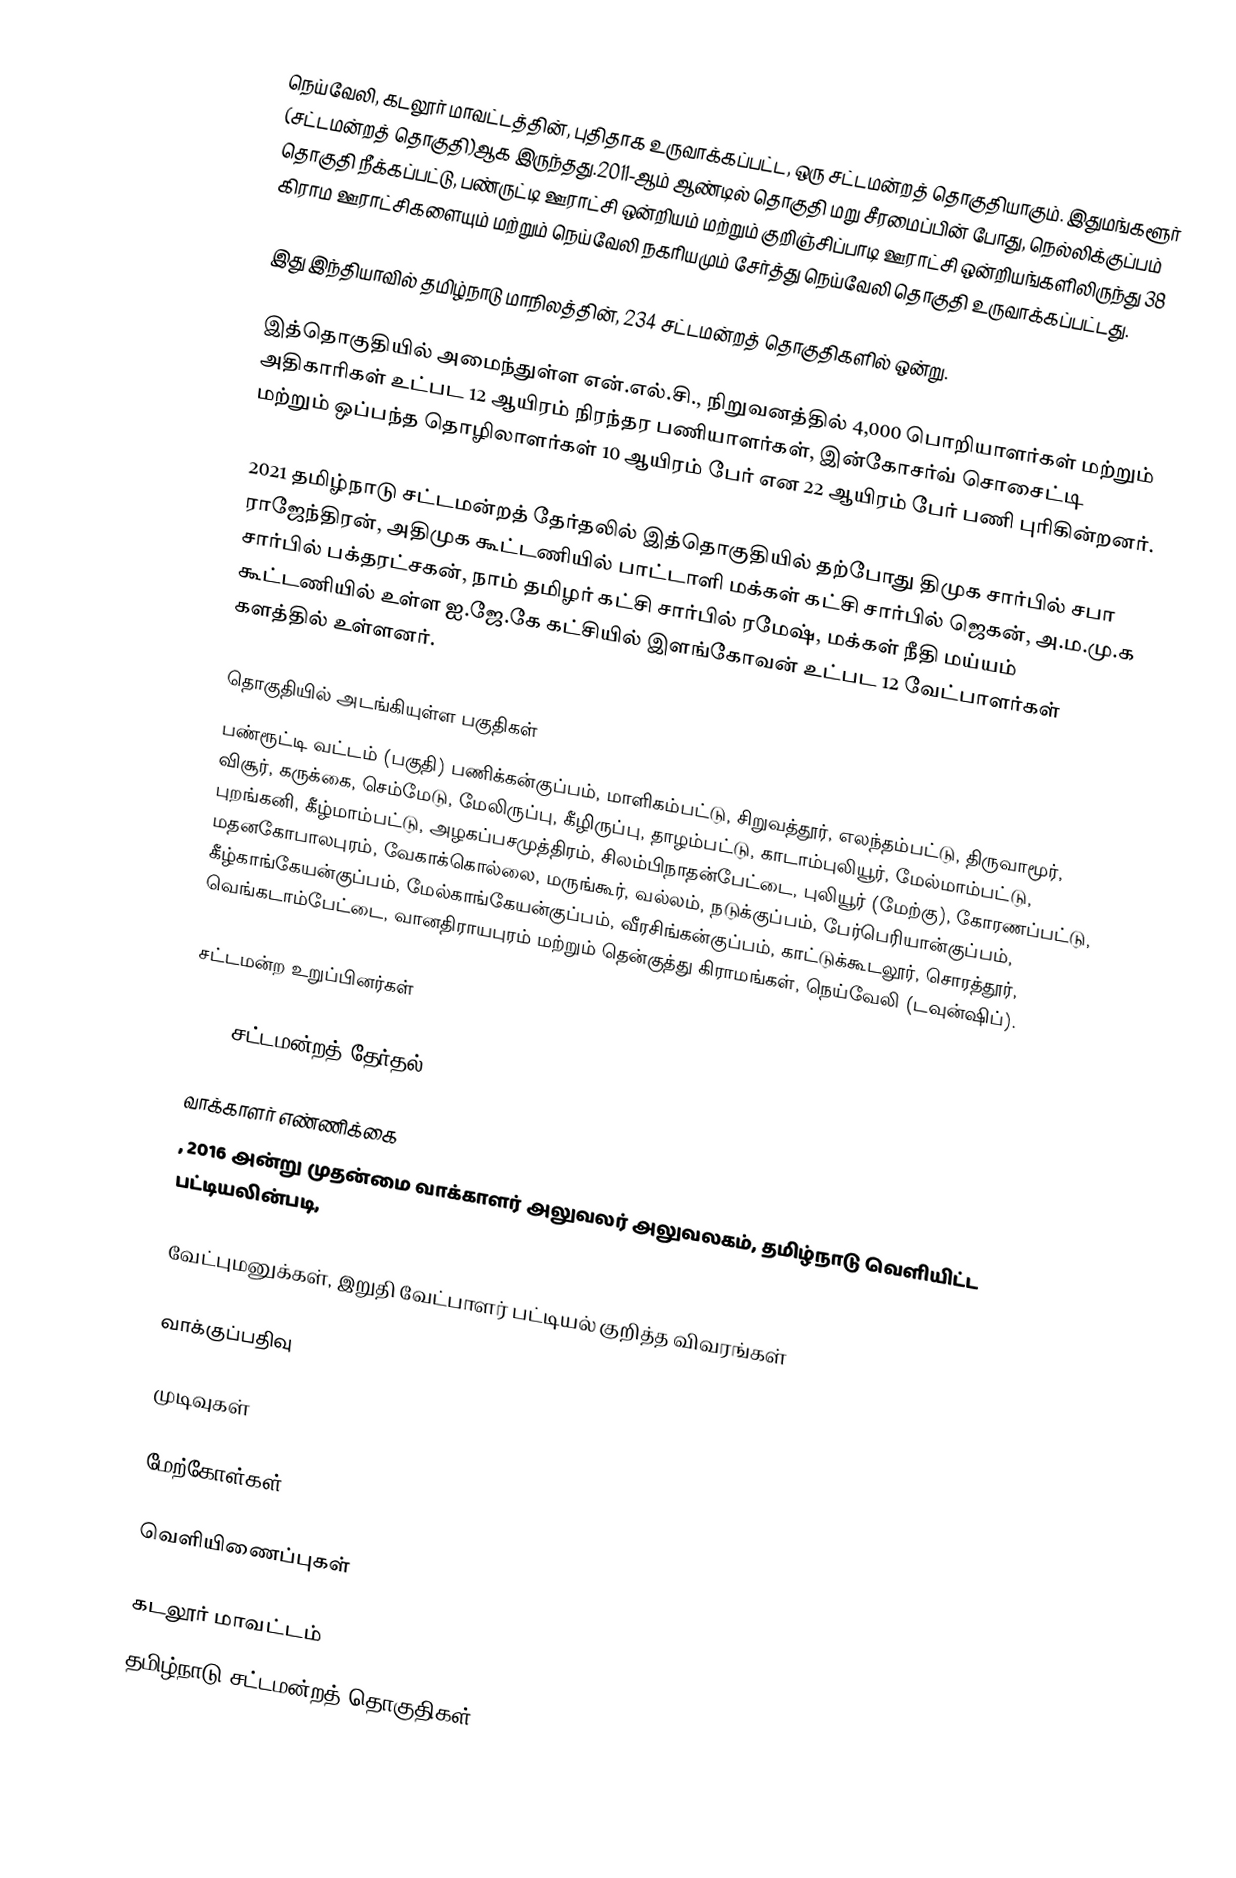
நெய்வேலி, கடலூர் மாவட்டத்தின், புதிதாக உருவாக்கப்பட்ட, ஒரு சட்டமன்றத் தொகுதியாகும். இதுமங்களூர் (சட்டமன்றத் தொகுதி)ஆக இருந்தது.2011-ஆம் ஆண்டில் தொகுதி மறு சீரமைப்பின் போது, நெல்லிக்குப்பம் தொகுதி நீக்கப்பட்டு, பண்ருட்டி ஊராட்சி ஒன்றியம் மற்றும் குறிஞ்சிப்பாடி ஊராட்சி ஒன்றியங்களிலிருந்து 38 கிராம ஊராட்சிகளையும் மற்றும் நெய்வேலி நகரியமும் சேர்த்து நெய்வேலி தொகுதி உருவாக்கப்பட்டது.

இது இந்தியாவில் தமிழ்நாடு மாநிலத்தின், 234 சட்டமன்றத் தொகுதிகளில் ஒன்று.

இத்தொகுதியில் அமைந்துள்ள என்.எல்.சி., நிறுவனத்தில் 4,000 பொறியாளர்கள் மற்றும் அதிகாரிகள் உட்பட 12 ஆயிரம் நிரந்தர பணியாளர்கள், இன்கோசர்வ் சொசைட்டி மற்றும் ஒப்பந்த தொழிலாளர்கள் 10 ஆயிரம் பேர் என 22 ஆயிரம் பேர் பணி புரிகின்றனர்.

2021 தமிழ்நாடு சட்டமன்றத் தேர்தலில் இத்தொகுதியில் தற்போது திமுக சார்பில் சபா ராஜேந்திரன், அதிமுக கூட்டணியில் பாட்டாளி மக்கள் கட்சி சார்பில் ஜெகன், அ.ம.மு.க சார்பில் பக்தரட்சகன், நாம் தமிழர் கட்சி சார்பில் ரமேஷ், மக்கள் நீதி மய்யம் கூட்டணியில் உள்ள ஐ.ஜே.கே கட்சியில் இளங்கோவன் உட்பட 12 வேட்பாளர்கள் களத்தில் உள்ளனர்.

தொகுதியில் அடங்கியுள்ள பகுதிகள்
பண்ரூட்டி வட்டம் (பகுதி) பணிக்கன்குப்பம், மாளிகம்பட்டு, சிறுவத்தூர், எலந்தம்பட்டு, திருவாமூர், விசூர், கருக்கை, செம்மேடு, மேலிருப்பு, கீழிருப்பு, தாழம்பட்டு, காடாம்புலியூர், மேல்மாம்பட்டு, புறங்கனி, கீழ்மாம்பட்டு, அழகப்பசமுத்திரம், சிலம்பிநாதன்பேட்டை, புலியூர் (மேற்கு), கோரணப்பட்டு, மதனகோபாலபுரம், வேகாக்கொல்லை, மருங்கூர், வல்லம், நடுக்குப்பம், பேர்பெரியான்குப்பம், கீழ்காங்கேயன்குப்பம், மேல்காங்கேயன்குப்பம், வீரசிங்கன்குப்பம், காட்டுக்கூடலூர், சொரத்தூர், வெங்கடாம்பேட்டை, வானதிராயபுரம் மற்றும் தென்குத்து கிராமங்கள், நெய்வேலி (டவுன்ஷிப்).

சட்டமன்ற உறுப்பினர்கள்

2016 சட்டமன்றத் தேர்தல்

வாக்காளர் எண்ணிக்கை
, 2016 அன்று முதன்மை வாக்காளர் அலுவலர் அலுவலகம், தமிழ்நாடு வெளியிட்ட பட்டியலின்படி,

வேட்புமனுக்கள், இறுதி வேட்பாளர் பட்டியல் குறித்த விவரங்கள்

வாக்குப்பதிவு

முடிவுகள்

மேற்கோள்கள்

வெளியிணைப்புகள்

கடலூர் மாவட்டம்
தமிழ்நாடு சட்டமன்றத் தொகுதிகள்